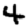
Digit: 4